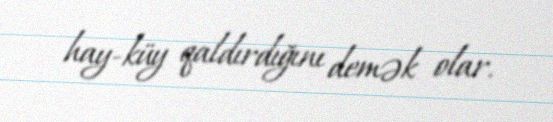
hay-küy qaldırdığını demək olar.